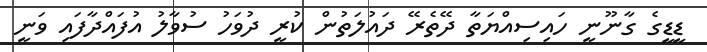
ޑީޑީގެ ގާނޫނީ ހައިސިއްޔަތާ ދޭތެރޭ ދައުލަތުން ކުރީ ދުވަހު ސުވާލު އުފައްދާފައި ވަނީ